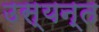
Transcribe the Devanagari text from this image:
उस्यन्त